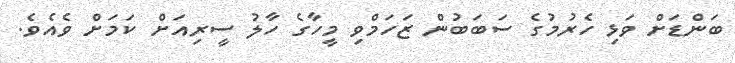
ބަންޑަށް ވަޅި ހެރުމުގެ ސަބަބުން ޒަހަމްވި މީހާގެ ހާލު ސީރިއަށް ކަމަށް ވެއެވެ.